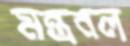
মন্ত্রবল